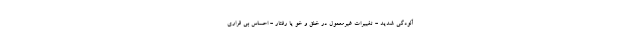
آلودگی شدید - تغییرات غیرمعمول در خلق و خو یا رفتار - احساس بی قراری